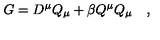
G = D ^ { \mu } Q _ { \mu } + \beta Q ^ { \mu } Q _ { \mu } \quad ,